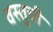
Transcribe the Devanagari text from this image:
वस्तुची